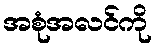
အစုံအလင်ကို